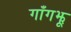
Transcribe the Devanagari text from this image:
गाँगझू